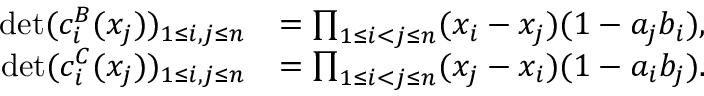
\begin{array} { r l } { \operatorname* { d e t } ( c _ { i } ^ { B } ( x _ { j } ) ) _ { 1 \leq i , j \leq n } } & { = \prod _ { 1 \leq i < j \leq n } ( x _ { i } - x _ { j } ) ( 1 - a _ { j } b _ { i } ) , } \\ { \operatorname* { d e t } ( c _ { i } ^ { C } ( x _ { j } ) ) _ { 1 \leq i , j \leq n } } & { = \prod _ { 1 \leq i < j \leq n } ( x _ { j } - x _ { i } ) ( 1 - a _ { i } b _ { j } ) . } \end{array}